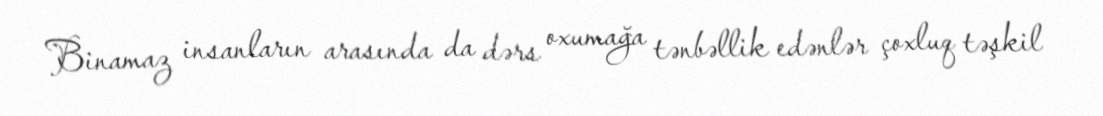
Binamaz insanların arasında da dərs oxumağa tənbəllik edənlər çoxluq təşkil